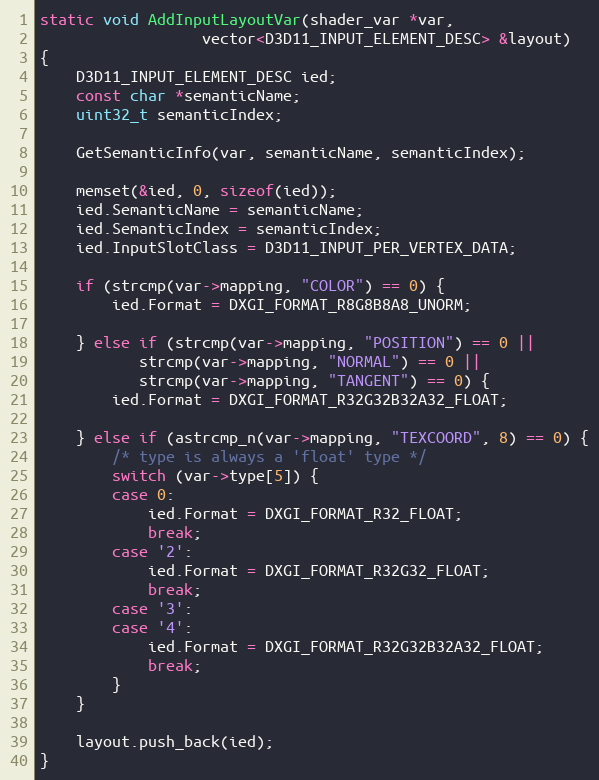
Language: C++
static void AddInputLayoutVar(shader_var *var,
			      vector<D3D11_INPUT_ELEMENT_DESC> &layout)
{
	D3D11_INPUT_ELEMENT_DESC ied;
	const char *semanticName;
	uint32_t semanticIndex;

	GetSemanticInfo(var, semanticName, semanticIndex);

	memset(&ied, 0, sizeof(ied));
	ied.SemanticName = semanticName;
	ied.SemanticIndex = semanticIndex;
	ied.InputSlotClass = D3D11_INPUT_PER_VERTEX_DATA;

	if (strcmp(var->mapping, "COLOR") == 0) {
		ied.Format = DXGI_FORMAT_R8G8B8A8_UNORM;

	} else if (strcmp(var->mapping, "POSITION") == 0 ||
		   strcmp(var->mapping, "NORMAL") == 0 ||
		   strcmp(var->mapping, "TANGENT") == 0) {
		ied.Format = DXGI_FORMAT_R32G32B32A32_FLOAT;

	} else if (astrcmp_n(var->mapping, "TEXCOORD", 8) == 0) {
		/* type is always a 'float' type */
		switch (var->type[5]) {
		case 0:
			ied.Format = DXGI_FORMAT_R32_FLOAT;
			break;
		case '2':
			ied.Format = DXGI_FORMAT_R32G32_FLOAT;
			break;
		case '3':
		case '4':
			ied.Format = DXGI_FORMAT_R32G32B32A32_FLOAT;
			break;
		}
	}

	layout.push_back(ied);
}